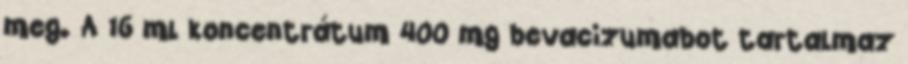
meg. A 16 ml koncentrátum 400 mg bevacizumabot tartalmaz